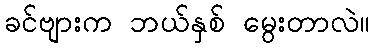
ခင်ဗျားက ဘယ်နှစ် မွေးတာလဲ။